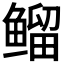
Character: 𱈊